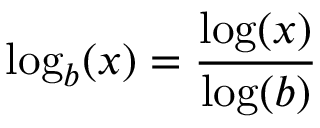
\log _ { b } ( x ) = { \frac { \log ( x ) } { \log ( b ) } }